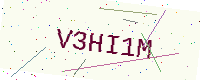
Text: V3HI1M